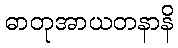
ဓာတုအာယတနာနိ